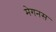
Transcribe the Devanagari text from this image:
मेगनस